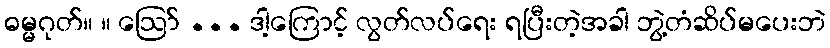
ဓမ္မဂုတ်။ ။ ဪ ... ဒါ့ကြောင့် လွတ်လပ်ရေး ရပြီးတဲ့အခါ ဘွဲ့တံဆိပ်မပေးဘဲ